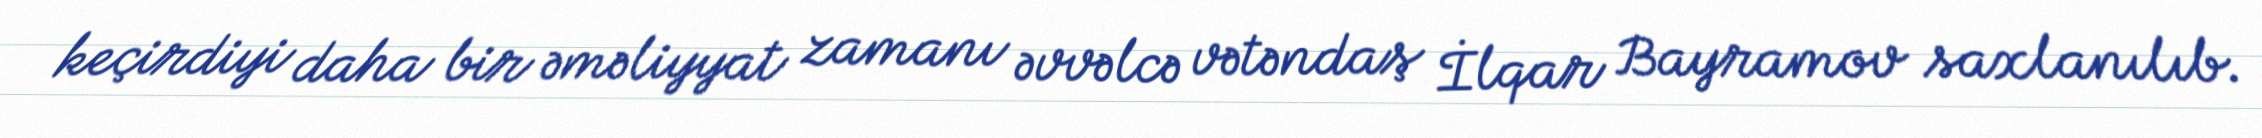
keçirdiyi daha bir əməliyyat zamanı əvvəlcə vətəndaş İlqar Bayramov saxlanılıb.